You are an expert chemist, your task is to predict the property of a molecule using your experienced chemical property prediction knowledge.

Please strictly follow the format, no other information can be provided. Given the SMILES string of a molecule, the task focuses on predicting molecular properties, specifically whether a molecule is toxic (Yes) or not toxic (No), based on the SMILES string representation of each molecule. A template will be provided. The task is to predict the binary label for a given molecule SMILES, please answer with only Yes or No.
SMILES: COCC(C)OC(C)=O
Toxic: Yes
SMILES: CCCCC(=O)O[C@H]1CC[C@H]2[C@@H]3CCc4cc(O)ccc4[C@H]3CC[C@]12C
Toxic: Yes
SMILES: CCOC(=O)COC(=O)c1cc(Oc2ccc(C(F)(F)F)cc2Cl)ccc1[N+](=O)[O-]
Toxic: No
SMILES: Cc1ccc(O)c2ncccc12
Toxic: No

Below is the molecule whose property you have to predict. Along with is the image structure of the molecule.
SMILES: C=CN1CCCC1=O
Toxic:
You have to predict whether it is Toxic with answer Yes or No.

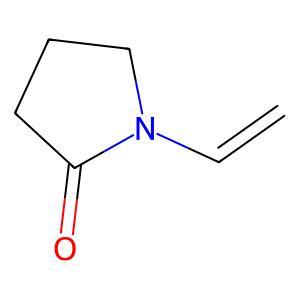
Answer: No